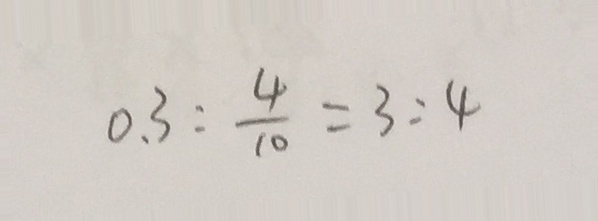
0 . 3 : \frac { 4 } { 1 0 } = 3 : 4